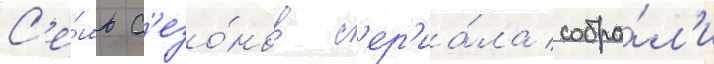
С'е́мь с'езо́нов с'ер'иа́ла собра́л'и